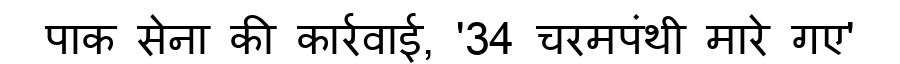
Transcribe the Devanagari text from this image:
पाक सेना की कार्रवाई, '34 चरमपंथी मारे गए'